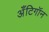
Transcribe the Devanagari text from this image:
अँटिगॉन